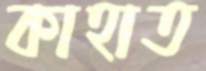
কাহাত